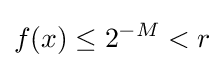
f(x)\leq 2^{-M}<r